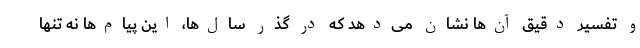
و تفسیر دقیق آن‌ها نشان می‌دهد که در گذر سال‌ها، این پیام‌ها نه تنها